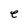
Character: e